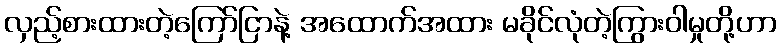
လှည့်စားထားတဲ့ကြော်ငြာနဲ့ အထောက်အထား မခိုင်လုံတဲ့ကြွားဝါမှုတို့ဟာ